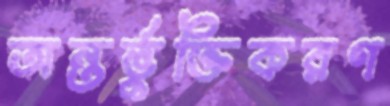
অন্তর্ভুক্তিকরণ